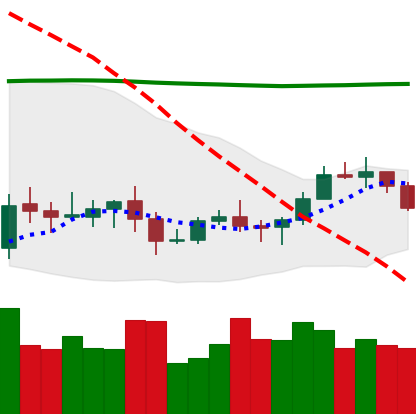
Ticker: XLM-USD
Chart end date: 2020-10-14
Forward return: 14.762%
Label: up_7plus